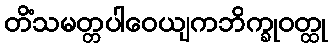
တိံသမတ္တပါဝေယျကဘိက္ခုဝတ္ထု